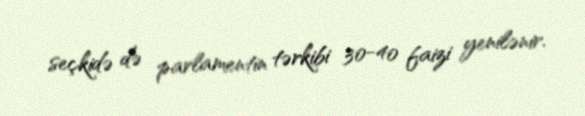
seçkidə də parlamentin tərkibi 30-40 faizi yenilənir.